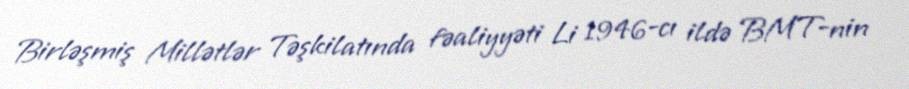
Birləşmiş Millətlər Təşkilatında fəaliyyəti Li 1946-cı ildə BMT-nin